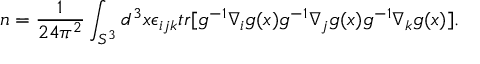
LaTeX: n = \frac { 1 } { 2 4 \pi ^ { 2 } } \int _ { S ^ { 3 } } d ^ { 3 } x \epsilon _ { i j k } t r [ g ^ { - 1 } \nabla _ { i } g ( x ) g ^ { - 1 } \nabla _ { j } g ( x ) g ^ { - 1 } \nabla _ { k } g ( x ) ] .